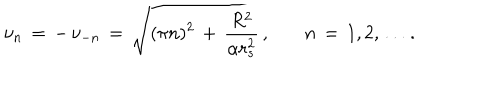
\nu _ { n } \, = \, - \, \nu _ { - n } \, = \, \sqrt { ( \pi n ) ^ { 2 } \, + \, \frac { R ^ { 2 } } { \alpha r _ { s } ^ { 2 } } } \, { , } \qquad n \, = \, 1 , 2 , \ldots \, { . }